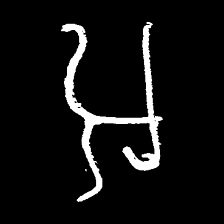
Pyu character \u2014 Myanmar letter: အ (romanized: a)